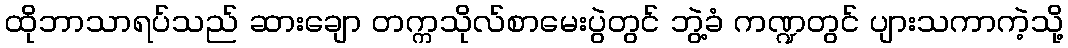
ထိုဘာသာရပ်သည် ဆားချော တက္ကသိုလ်စာမေးပွဲတွင် ဘွဲ့ခံ ကဏ္ဍတွင် ပျားသကာကဲ့သို့